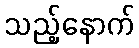
သည့်နောက်